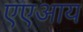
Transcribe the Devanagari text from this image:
एएआय